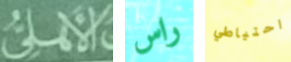
الأهلى راس احتياطي